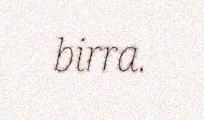
birra.